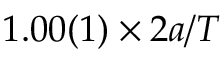
1 . 0 0 ( 1 ) \times 2 a / T